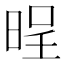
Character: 𣇒